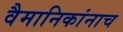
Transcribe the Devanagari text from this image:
वैमानिकांनाच